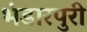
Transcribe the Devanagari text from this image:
भंडारपुरी